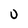
Character: O